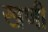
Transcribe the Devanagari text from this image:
खणी